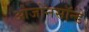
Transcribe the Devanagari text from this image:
ओजोनसॉन्‍डे